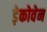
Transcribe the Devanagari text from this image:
ड़ेकोवेन